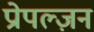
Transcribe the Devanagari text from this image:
प्रोपल्ज़न